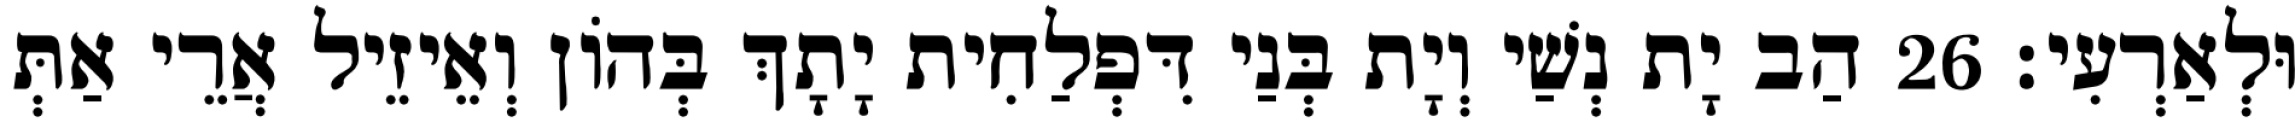
וּלְאַרְעִי׃ 26 הַב יָת נְשַׁי וְיָת בְּנַי דִּפְלַחִית יָתָךְ בְּהוֹן וְאֵיזֵיל אֲרֵי אַתְּ